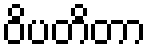
ဝိပတိတာ